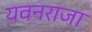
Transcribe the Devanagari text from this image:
यवनराजा